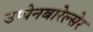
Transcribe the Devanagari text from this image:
उप्पेनबारेल्सेर